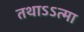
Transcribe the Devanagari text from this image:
तथाऽऽत्मा